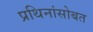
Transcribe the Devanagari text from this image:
प्रथिनांसोबत